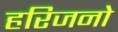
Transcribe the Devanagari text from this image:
हरिजनो